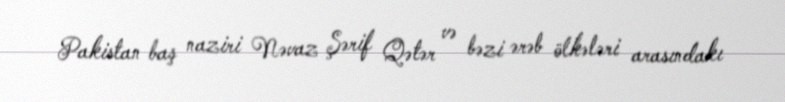
Pakistan baş naziri Nəvaz Şərif Qətər və bəzi ərəb ölkələri arasındakı